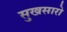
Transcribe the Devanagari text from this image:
सुखसारो